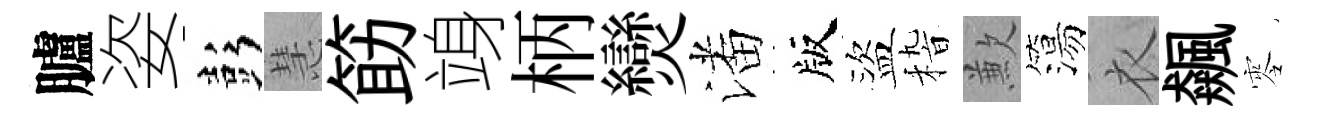
臚姿彭慧筯竧柄𤓖潘版盜𥟵歉簜衣飆零